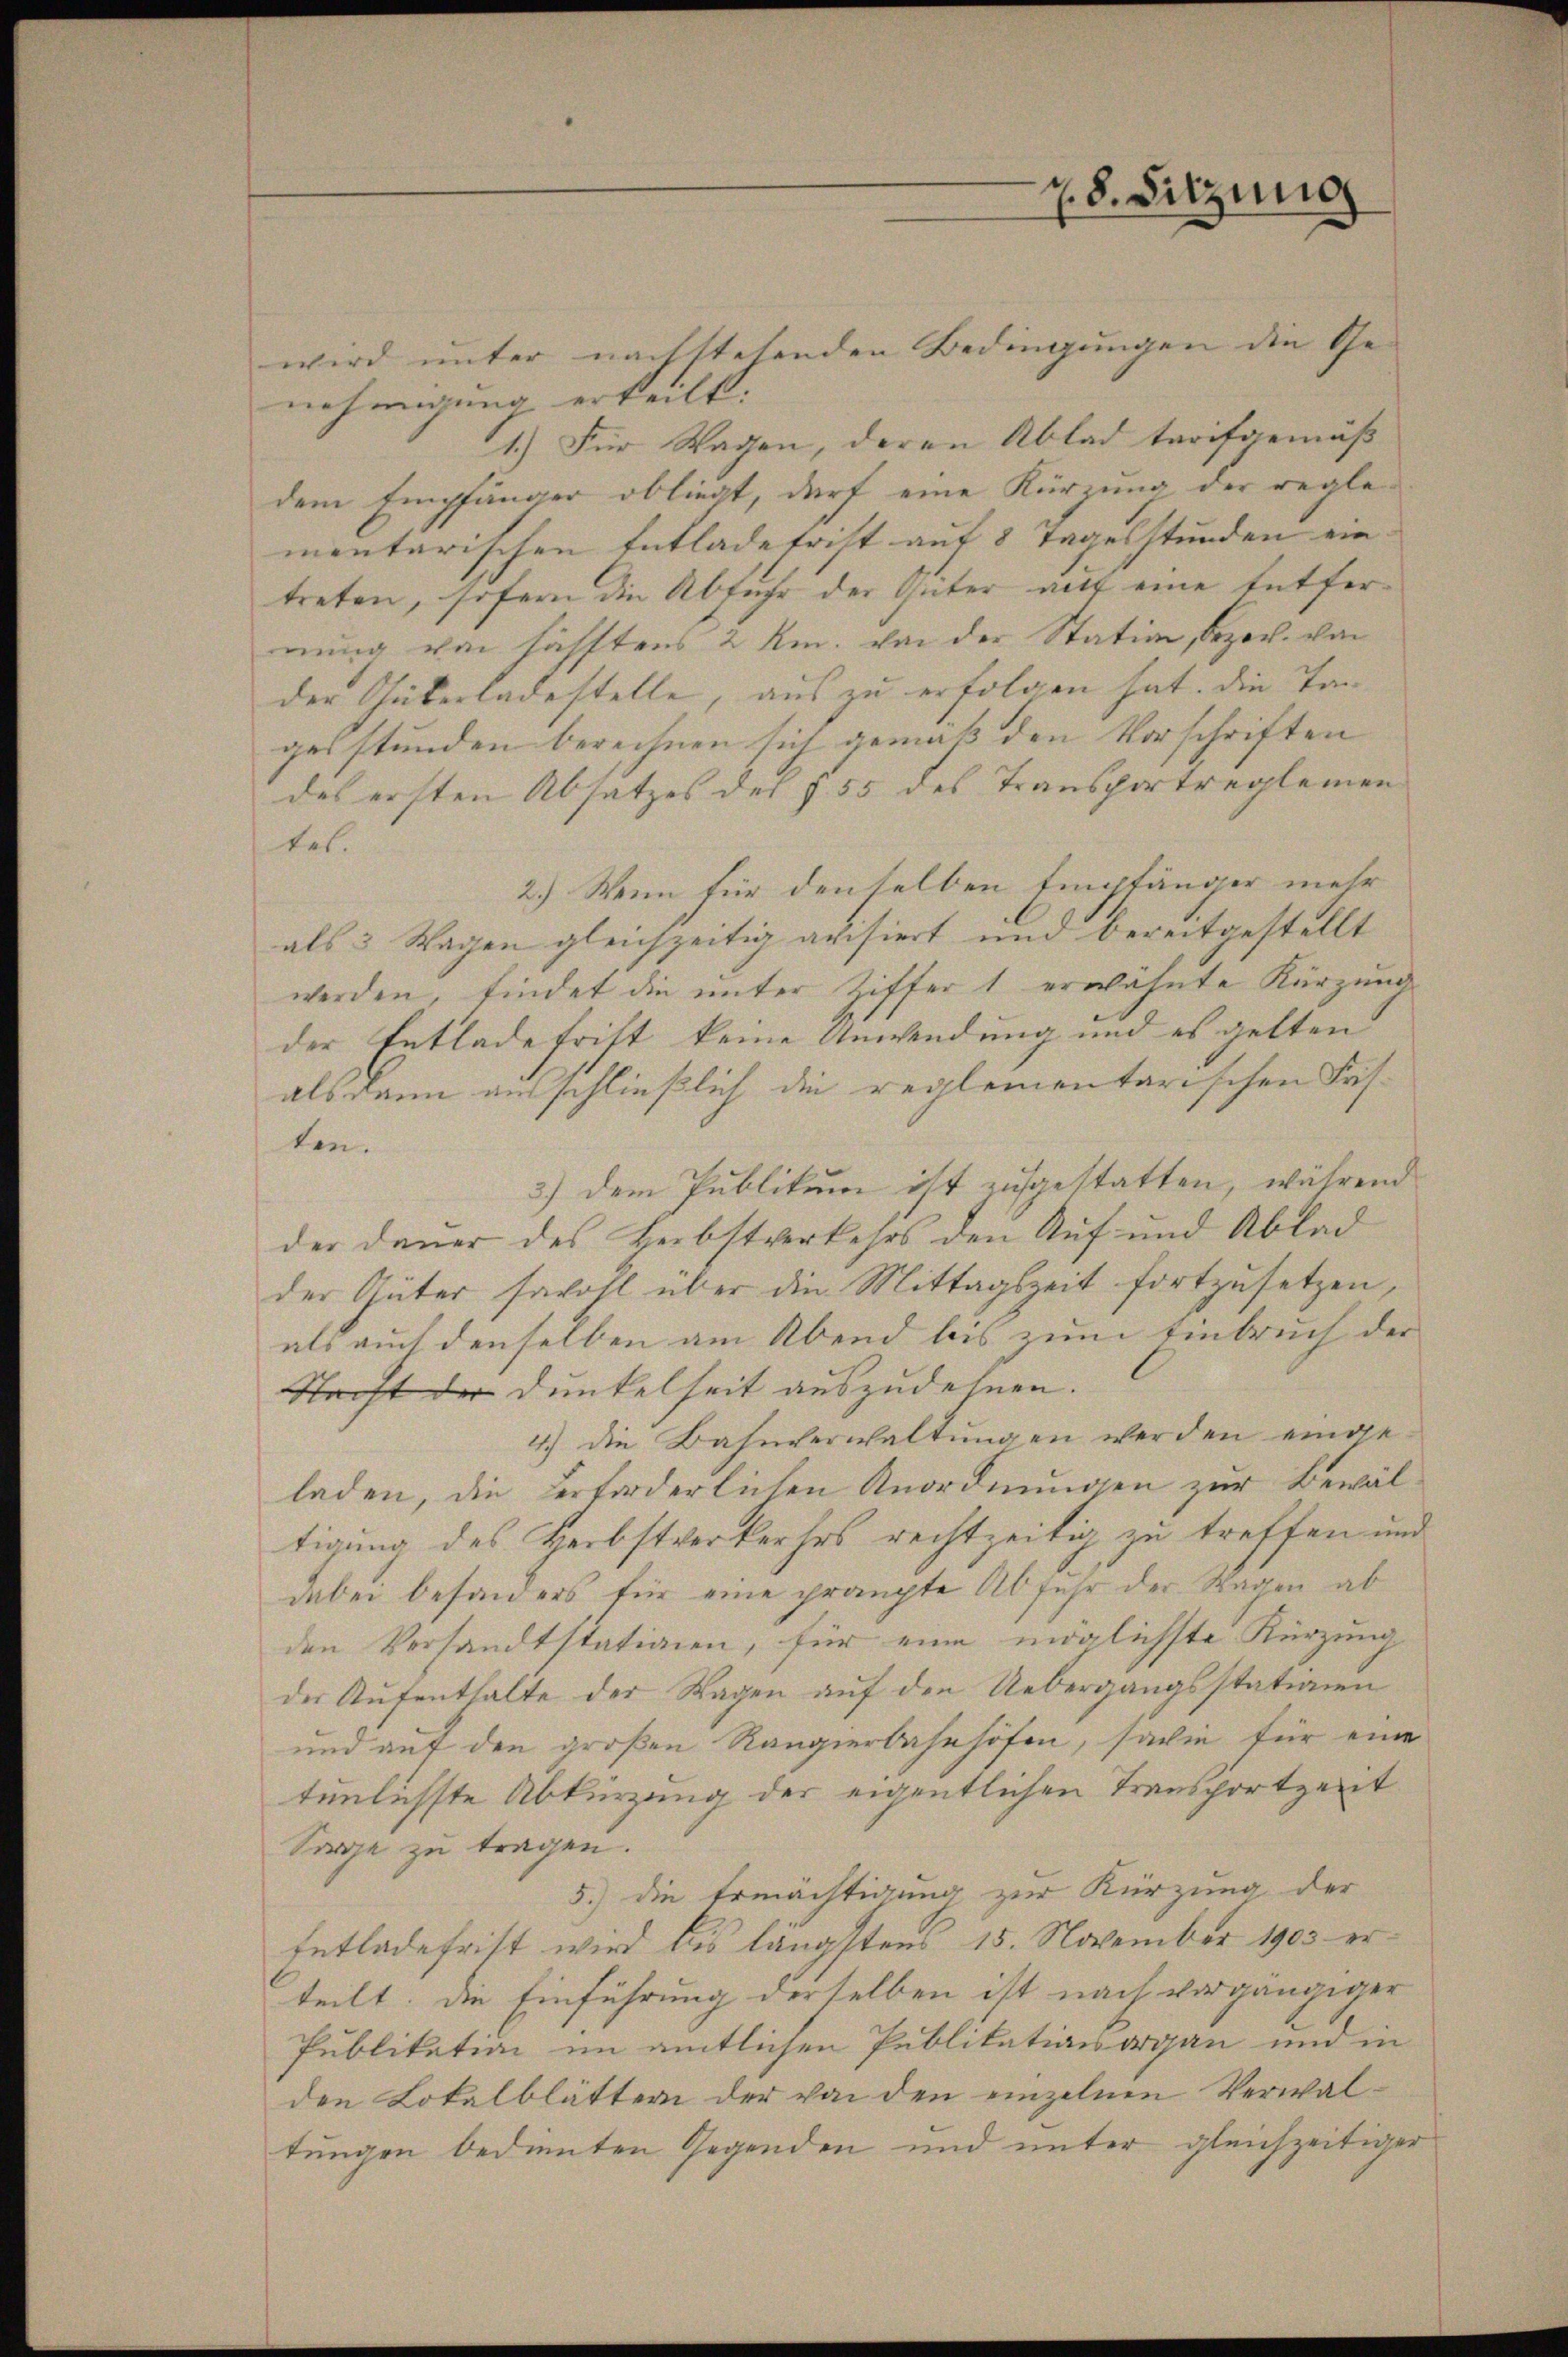
wird unter nachstehenden Bedingungen die Ge-
nehmigung erteilt.
1.) Für Wagen, deren Ablad tarifgemäß
dem Empfänger obliegt, darf eine Kürzung der reglementarischen Entlade frist auf 8 Tagelstunden ein
treten, sofern die Abfuhr der Güter auf eine Entfernung von hälftens 2 Rm. von der Station, bezov. von
der Güterladestelle, aus zu erfolgen hat. Die Tan
gesstunden berechnen sich gemäß den Vorschriften
des ersten Absatzes des § 55 des Transportreglemen
tet.
2.) Wenn für denselben Empfänger mehr
als 3 Wagen gleichzeitig avisiert und bereitgestellt
werden, findet die unter Ziffer 1 erwähnte Kürzung
der Entlade frist keine Anwendung und es gelten
als dann ausschließlich die reglementarischen Fas-
ten.
3.) Dem Publikum ist zugestatten, während
der Dauer des Herbstverkehrs den Auf und Ablad
der Güter sowohl über die Mittagszeit fortzusetzen,
als auch denselben am Abend bis zum Einbruch der
Stacht der Dunkelheit auszudehnen.
4.) die Bahnverwaltŭngen werden einge-
laden, die verforderlichen Anordnungen zur Bewältigung des Herbstverkehrs rechtzeitig zu treffen und
dabei besonders für eine prängte Abfuhr der Wagen ab
den Versandtstationen, für eine möglichste Kürzung
der Aufenthalte der Wagen auf den Uebergangsstationen
und auf den großen Rangierbahnhöfen, sowie für eine
tenlichste Abkürzung der eigentlichen Transportzeit
Sorge zu tragen.
5.) die Ermächtigung zur Kürzung der
Entladefrist wird bis längstens 15. November 1903 erteilt; die Einführung derselben ist nach vorgängiger
Publikation im amtlichen Publikationsorgan und in
den Lokalblättern der von den einzelnen Verwaltungen bedienten Gegenden und unter gleichzeitiger

z. 8. Sitzung